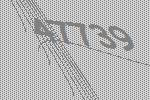
47739